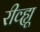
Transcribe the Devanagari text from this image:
रीव्ह्यू